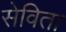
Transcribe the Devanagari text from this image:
सेविता